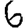
Digit: 6